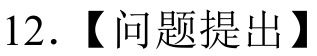
12.【问题提出】